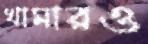
খামারও